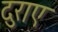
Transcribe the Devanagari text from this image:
दुराए